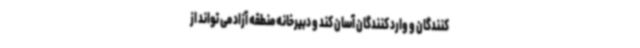
کنندگان و وارد کنندگان آسان کند و دبیرخانه منطقه آزاد می تواند از